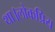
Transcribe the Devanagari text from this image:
था।लोकप्रिय